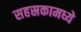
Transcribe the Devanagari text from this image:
सहस्रकामध्ये